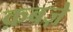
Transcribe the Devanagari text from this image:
क़बज़े